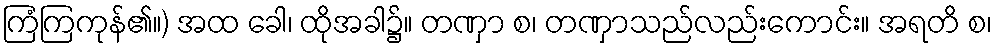
ကြံကြကုန်၏။) အထ ခေါ၊ ထိုအခါ၌။ တဏှာ စ၊ တဏှာသည်လည်းကောင်း။ အရတိ စ၊